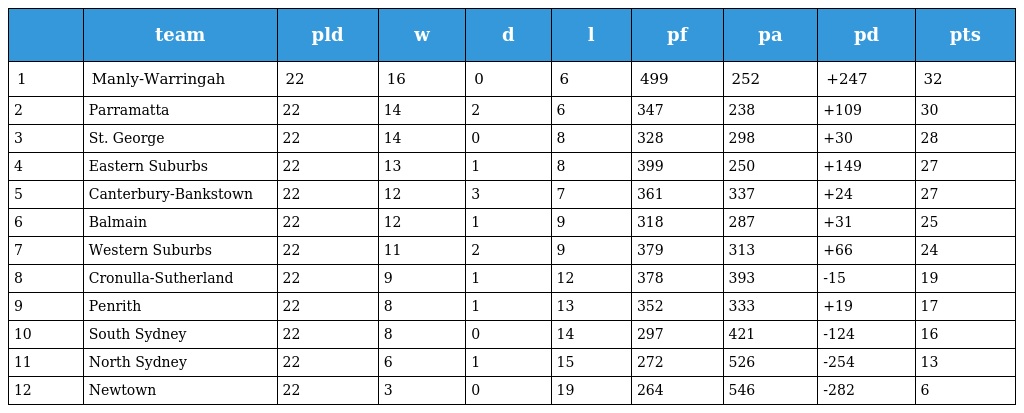
|  | team | pld | w | d | l | pf | pa | pd | pts |
 | --- | --- | --- | --- | --- | --- | --- | --- | --- | --- |
 | 1 | Manly-Warringah | 22 | 16 | 0 | 6 | 499 | 252 | +247 | 32 |
 | 2 | Parramatta | 22 | 14 | 2 | 6 | 347 | 238 | +109 | 30 |
 | 3 | St. George | 22 | 14 | 0 | 8 | 328 | 298 | +30 | 28 |
 | 4 | Eastern Suburbs | 22 | 13 | 1 | 8 | 399 | 250 | +149 | 27 |
 | 5 | Canterbury-Bankstown | 22 | 12 | 3 | 7 | 361 | 337 | +24 | 27 |
 | 6 | Balmain | 22 | 12 | 1 | 9 | 318 | 287 | +31 | 25 |
 | 7 | Western Suburbs | 22 | 11 | 2 | 9 | 379 | 313 | +66 | 24 |
 | 8 | Cronulla-Sutherland | 22 | 9 | 1 | 12 | 378 | 393 | -15 | 19 |
 | 9 | Penrith | 22 | 8 | 1 | 13 | 352 | 333 | +19 | 17 |
 | 10 | South Sydney | 22 | 8 | 0 | 14 | 297 | 421 | -124 | 16 |
 | 11 | North Sydney | 22 | 6 | 1 | 15 | 272 | 526 | -254 | 13 |
 | 12 | Newtown | 22 | 3 | 0 | 19 | 264 | 546 | -282 | 6 |